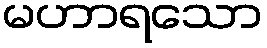
မဟာရသော